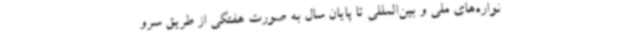
نواره‌های ملی و بین‌المللی تا پایان سال به صورت هفتگی از طریق سرو